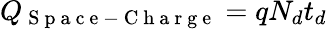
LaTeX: Q_{\mathrm{~S~p~a~c~e~-~C~h~a~r~g~e~}}=qN_{d}t_{d}